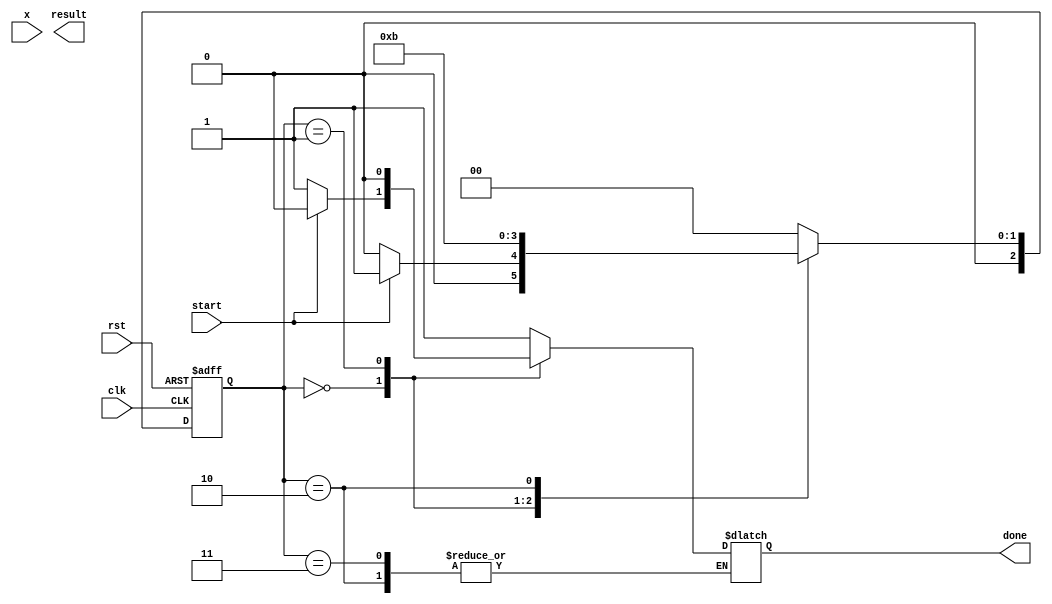
module asinh(
    input wire clk,
    input wire rst,
    input wire start,
    input wire [31:0] x, // IEEE 754 single-precision float
    output reg [31:0] result, // IEEE 754 single-precision float
    output reg done
);

// Intermediate signals
reg [31:0] x_squared;
reg [31:0] sqrt_term;
reg [31:0] sum;
reg [31:0] ln_result;

// State definitions
parameter IDLE = 2'b00;
parameter SQUARE = 2'b01;
parameter SQRT = 2'b10;
parameter ADD = 2'b11;
parameter LOG = 2'b100;

reg [2:0] state, next_state;

// Control logic for state transitions
always @(posedge clk or posedge rst) begin
    if (rst)
        state <= IDLE;
    else
        state <= next_state;
end

// Main logic based on state
always @(*) begin
    case (state)
        IDLE: begin
            if (start) begin
                next_state = SQUARE;
                done = 0;
            end else begin
                next_state = IDLE;
                done = 1; // Ready for next input
            end
        end

        SQUARE: begin
            x_squared = x * x; // x^2 calculation (simple multiplication)
            next_state = SQRT;
            done = 0;
        end

        SQRT: begin
            sqrt_term = sqrt(x_squared + 32'h3f800000); // Calculate sqrt(x^2 + 1) using a function or IP
            next_state = ADD;
        end

        ADD: begin
            sum = x + sqrt_term; // x + sqrt(x^2 + 1)
            next_state = LOG;
        end

        LOG: begin
            ln_result = ln(sum); // Calculate ln(x + sqrt(x^2 + 1)) using a function or IP
            result = ln_result; // Assigning final result
            next_state = IDLE;
            done = 1; // Indicate that calculation is done
        end

        default: begin
            next_state = IDLE;
            done = 1;
        end
    endcase
end

// Placeholder for square root function
function [31:0] sqrt(input [31:0] x);
    // Implement or instantiate a square root algorithm here
    // This could be a lookup table or an algorithm like Newton-Raphson
    // Currently returning zero for implementation purpose
    sqrt = 32'b0; 
endfunction

// Placeholder for natural logarithm function
function [31:0] ln(input [31:0] x);
    // Implement or instantiate a logarithm algorithm here
    // This could be an approximation method or CORDIC
    // Currently returning zero for implementation purpose
    ln = 32'b0; 
endfunction

endmodule